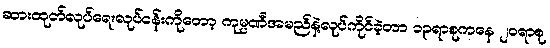
ဆားထုတ်လုပ်ရေးလုပ်ငန်းကိုတော့ ကုမ္ပဏီအမည်နဲ့လုပ်ကိုင်ခဲ့တာ ၁၃ရာစုကနေ ၂၀ရာစု